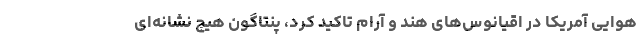
هوایی آمریکا در اقیانوس‌های هند و آرام تاکید کرد، پنتاگون هیچ نشانه‌ای